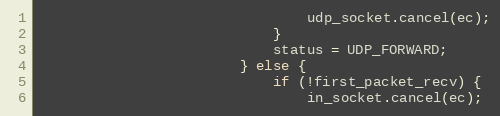
Language: C++
                                udp_socket.cancel(ec);
                            }
                            status = UDP_FORWARD;
                        } else {
                            if (!first_packet_recv) {
                                in_socket.cancel(ec);